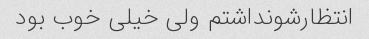
انتظارشو‌نداشتم ولی خیلی خوب بود